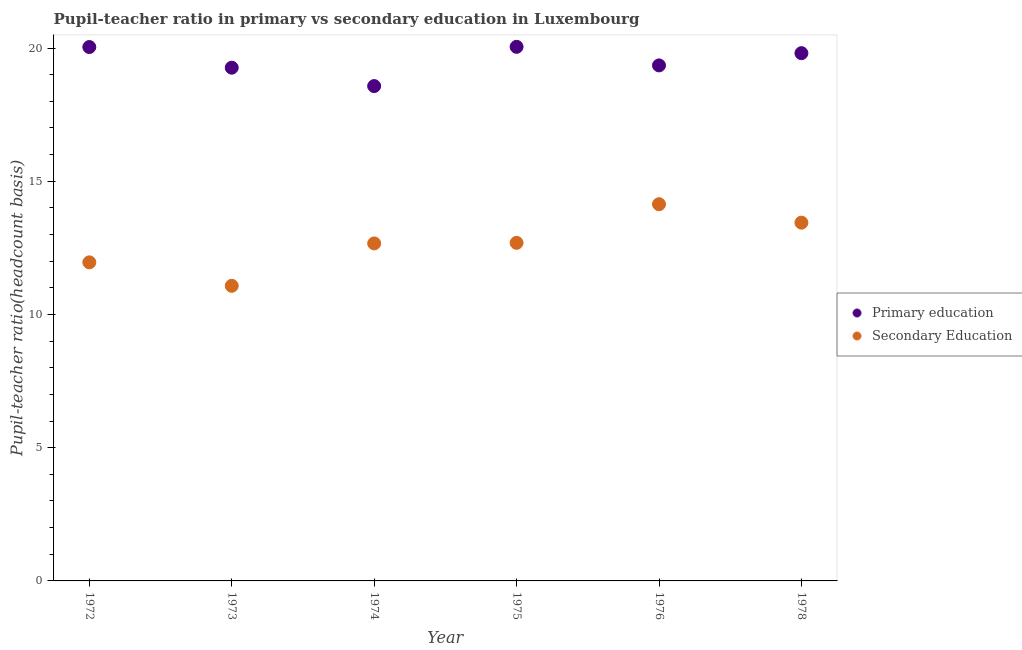
| Year | Primary education | Secondary Education |
 | --- | --- | --- |
 | 1972 | 20 | 12 |
 | 1973 | 19.3 | 11.1 |
 | 1974 | 18.6 | 12.7 |
 | 1975 | 20 | 12.7 |
 | 1976 | 19.3 | 14.1 |
 | 1978 | 19.8 | 13.4 |